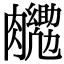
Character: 𮍉